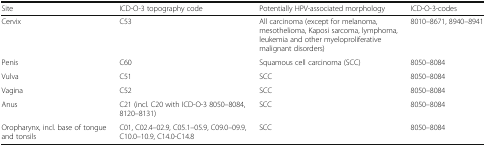
| Site | ICD-O-3 topography code | Potentially HPV-associated morphology | ICD-O-3-codes |
 | --- | --- | --- | --- |
 | Cervix | C53 | All carcinoma (except for melanoma, mesothelioma, Kaposi sarcoma, lymphoma, leukemia and other myeloproliferative malignant disorders) | 8010–8671, 8940–8941 |
 | Penis | C60 | Squamous cell carcinoma (SCC) | 8050–8084 |
 | Vulva | C51 | SCC | 8050–8084 |
 | Vagina | C52 | SCC | 8050–8084 |
 | Anus | C21 (incl. C20 with ICD-O-3 8050–8084, 8120–8131) | SCC | 8050–8084 |
 | Oropharynx, incl. base of tongue and tonsils | C01, C02.4–02.9, C05.1–05.9, C09.0–09.9, C10.0–10.9, C14.0-C14.8 | SCC | 8050–8084 |